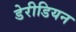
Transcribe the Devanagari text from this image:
डेरीडियन